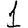
Digit: 1